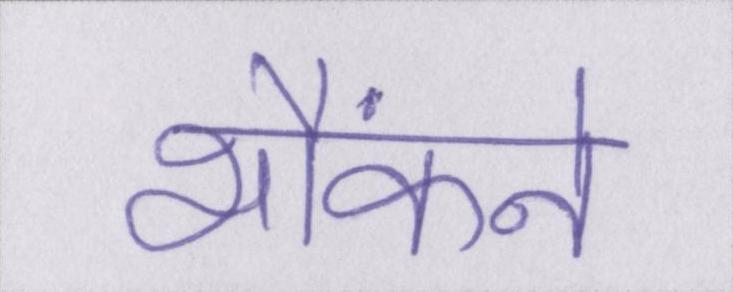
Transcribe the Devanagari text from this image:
भौंकने